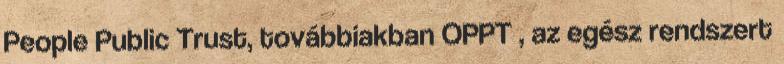
People Public Trust, továbbiakban OPPT , az egész rendszert